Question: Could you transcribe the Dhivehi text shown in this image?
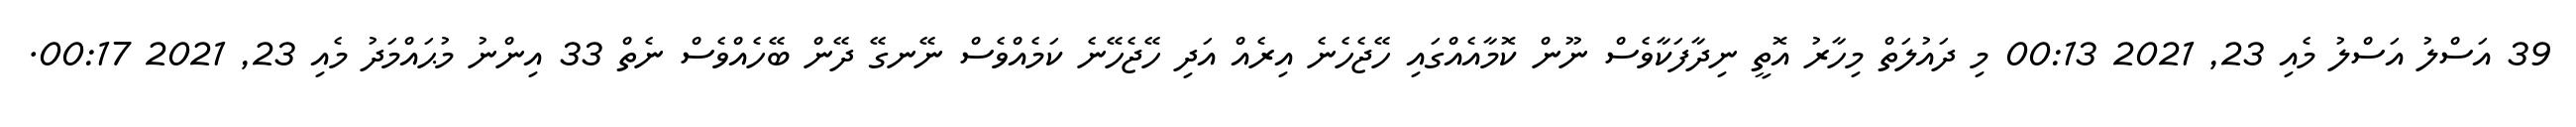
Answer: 39 އަސްލު އަސްލު މެއި 23, 2021 00:13 މި ދައުލަތް މިހާރު އޮތީ ނިދާފަކާވެސް ނޫން ކޮމާއެއްގައި ހޭޖެހެނެ އިރެއް އަދި ހޭޖެހޭނެ ކަމެއްވެސް ނޭނގޭ ދޭން ބޭހެއްވެސް ނެތް 33 އިންނު މުޙައްމަދު މެއި 23, 2021 00:17.